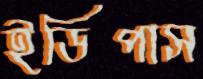
ইডিপাস